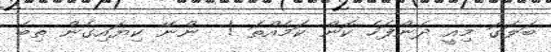
ބަލަގަ މިއީ ދެންފަހެ ކޮން ކަމެއްތަ !  ންނޭ ކިޔައިގެން ތިބެ